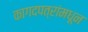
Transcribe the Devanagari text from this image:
कागदपत्रांमधून